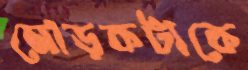
মোড়কটাকে